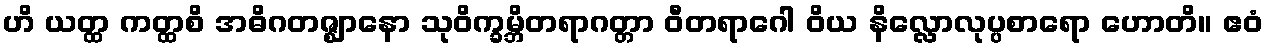
ဟိ ယတ္ထ ကတ္ထစိ အဓိဂတဇ္ဈာနော သုဝိက္ခမ္ဘိတရာဂတ္တာ ဝီတရာဂေါ ဝိယ နိလ္လောလုပ္ပစာရော ဟောတိ။ ဧဝံ